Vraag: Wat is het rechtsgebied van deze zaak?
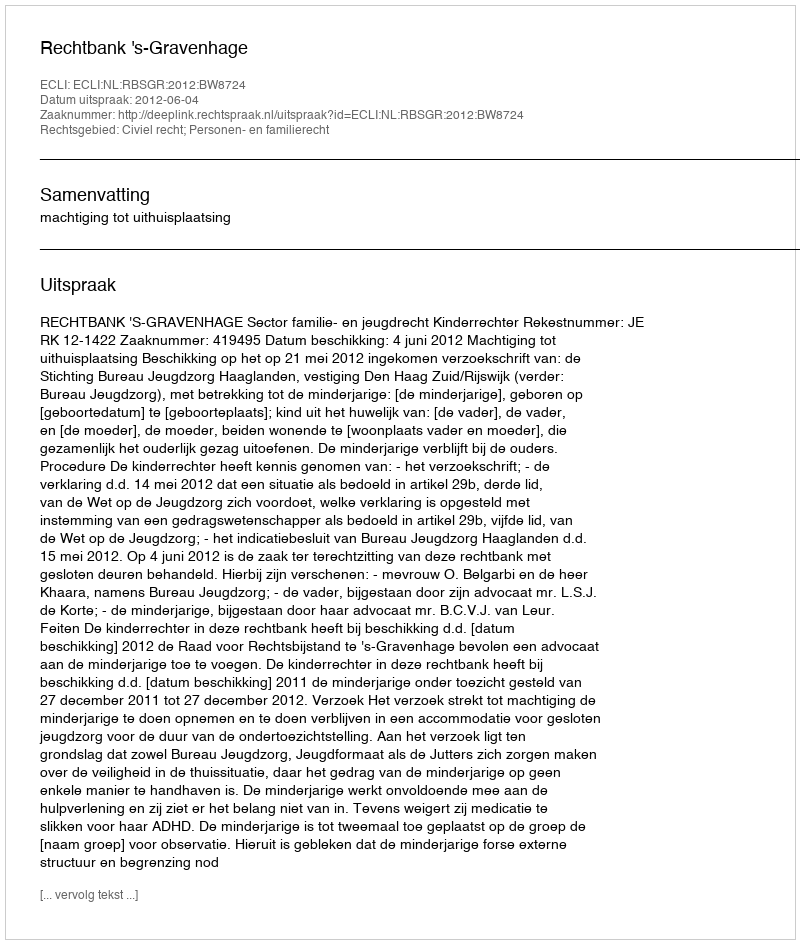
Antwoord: Civiel recht; Personen- en familierecht